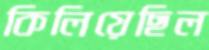
কিলিয়েছিল